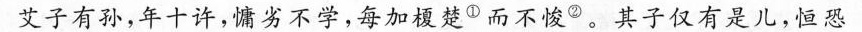
艾子有孙，年十许，慵劣不学，每加覆楚①而不悛。其子仅有是儿，恒恐